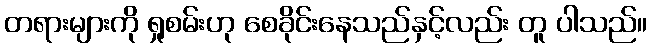
တရားများကို ရှုစမ်းဟု စေခိုင်းနေသည်နှင့်လည်း တူ ပါသည်။